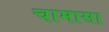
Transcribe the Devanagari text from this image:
चामासा